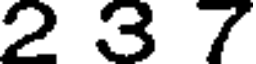
2 3 7